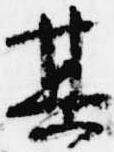
其